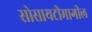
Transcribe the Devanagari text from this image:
सोसायटीमागील